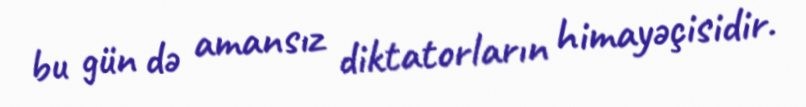
bu gün də amansız diktatorların himayəçisidir.